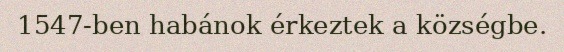
1547-ben habánok érkeztek a községbe.